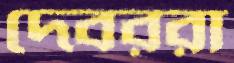
দেবররা